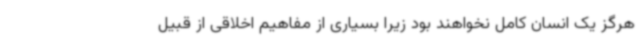
هرگز یک انسان کامل نخواهند بود زیرا بسیاری از مفاهیم اخلاقی از قبیل